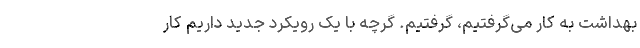
بهداشت به کار می‌گرفتیم، گرفتیم. گرچه با یک رویکرد جدید داریم کار